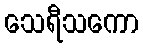
သေရီသကော